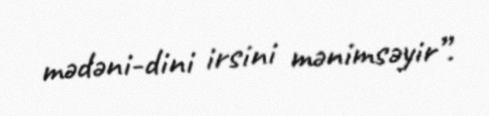
mədəni-dini irsini mənimsəyir”.